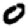
Digit: 0